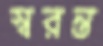
স্বরন্ত